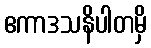
ဧကာဒသနိပါတမှိ